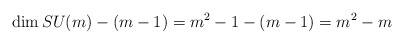
\begin{align*}\dim SU(m) -(m-1) = m^2-1-(m-1) = m^2-m\end{align*}